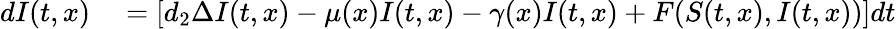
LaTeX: \begin{array}{rl}{dI(t,x)}&{{}=\left[d_{2}\Delta I(t,x)-\mu(x)I(t,x)-\gamma(x)I(t,x)+{F(S(t,x),I(t,x))}\right]dt}\end{array}